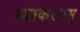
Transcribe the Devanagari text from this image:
व्याकरणमु